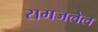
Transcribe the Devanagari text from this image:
समजलेल